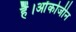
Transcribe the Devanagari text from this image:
हैं।ओंकोजीन